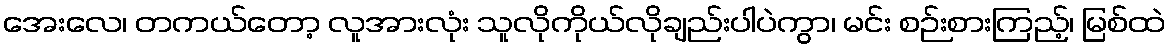
အေးလေ၊ တကယ်တော့ လူအားလုံး သူလိုကိုယ်လိုချည်းပါပဲကွာ၊ မင်း စဉ်းစားကြည့်၊ မြစ်ထဲ